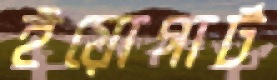
ইয়োগার্ট